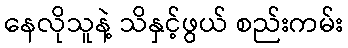
နေလိုသူနဲ့ သိနှင့်ဖွယ် စည်းကမ်း